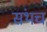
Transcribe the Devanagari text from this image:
संथच